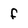
Character: f